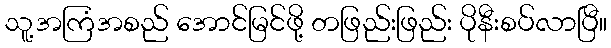
သူ့အကြံအစည် အောင်မြင်ဖို့ တဖြည်းဖြည်း ပိုနီးစပ်လာပြီ။